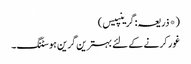
(*ذریعہ: گرینپیس)
غور کرنے کے لئے بہترین گرین ہوسٹنگ۔